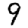
Digit: 9